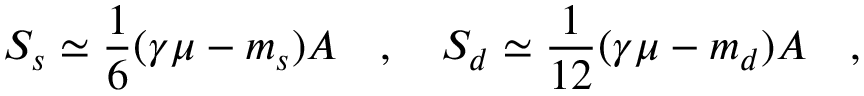
S _ { s } \simeq { \frac { 1 } { 6 } } ( \gamma \mu - m _ { s } ) { \cal A } ~ ~ ~ , ~ ~ ~ S _ { d } \simeq { \frac { 1 } { 1 2 } } ( \gamma \mu - m _ { d } ) { \cal A } ~ ~ ~ ,